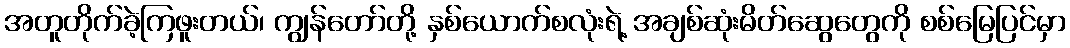
အတူတိုက်ခဲ့ကြဖူးတယ်၊ ကျွန်တော်တို့ နှစ်ယောက်စလုံးရဲ့ အချစ်ဆုံးမိတ်ဆွေတွေကို စစ်မြေပြင်မှာ